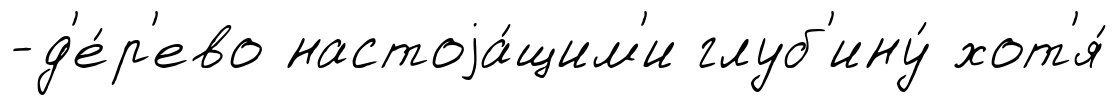
-д'е́р'ево настоjа́щим'и глуб'ину́ хот'я́